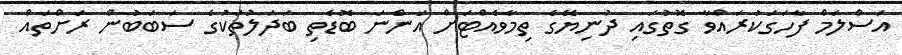
އަސްލަމް ފާހަގަކުރައްވާ ގޮތުގައި ދުނިޔޭގެ ތިމާވެއްޓަށް އަންނަ ބޮޑެތި ބަދަލުތަކުގެ ސަބަބުން ރަށްތައް